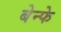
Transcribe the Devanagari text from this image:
बेन्फे